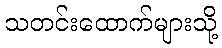
သတင်းထောက်များသို့